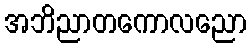
အဘိညာတကောလညော